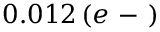
0 . 0 1 2 \, ( e \mathrm { ~ - ~ } )